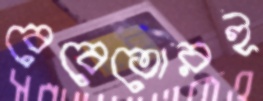
বেবেতোরই